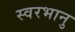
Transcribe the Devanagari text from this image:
स्वरभानु